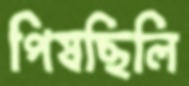
পিষছিলি